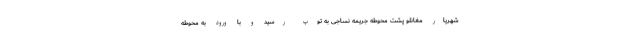
شهریار مغانلو پشت محوطه جریمه نساجی به توپ رسید و با ورود به محوطه